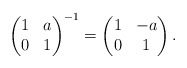
\begin{align*}\begin{pmatrix}1 & a \\0 & 1 \end{pmatrix}^{-1}=\begin{pmatrix}1 & -a \\0 & 1 \end{pmatrix}.\end{align*}